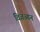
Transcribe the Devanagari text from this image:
विज्ञआन